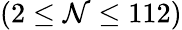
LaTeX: (2\leq\mathcal{N}\leq112)